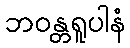
ဘဝန္တရူပါနံ